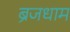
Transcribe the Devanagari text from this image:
ब्रजधाम